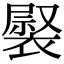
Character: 𧛽